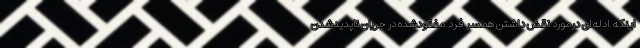
اینکه ادله‌ای درمورد نقش داشتن همسر فرد مفقودشده در جریان ناپدیدشدن